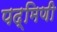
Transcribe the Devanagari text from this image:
पद्मिणी